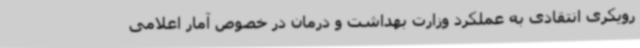
رویکری انتقادی به عملکرد وزارت بهداشت و درمان در خصوص آمار اعلامی